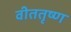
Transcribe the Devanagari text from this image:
वीततृष्ण